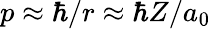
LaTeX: p\approx\hbar/r\approx\hbar Z/a_{0}